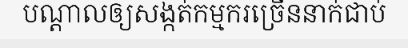
បណ្តាលឲ្យសង្កត់កម្មករច្រើននាក់ជាប់